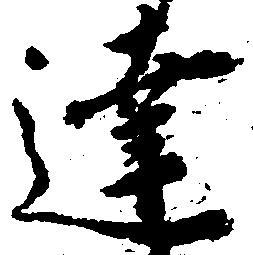
達